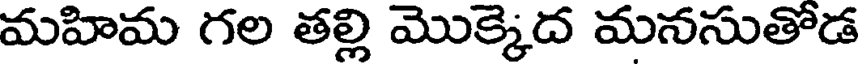
మహిమ గల తల్లి మొక్కెద మనసుతోడ